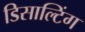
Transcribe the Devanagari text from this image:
डिसाल्टिंग